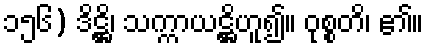
၁၅၆) ဒိဋ္ဌိ၊ သက္ကာယဋ္ဌိဟူ၍။ ဝုစ္စတိ၊ ၏။